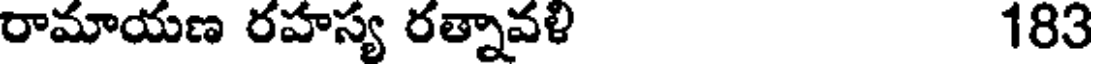
రామాయణ రహస్య రత్నావళి 183